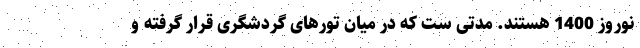
نوروز 1400 هستند. مدتی ست که در میان تورهای گردشگری قرار گرفته و